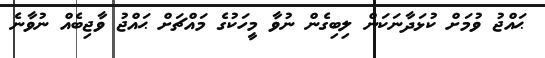
ޙައްޖު ވުމަށް ކުޅަދާނަކަން ލިބިގެން ނުވާ މީހަކުގެ މައްޗަށް ޙައްޖު ވާޖިބެއް ނުވާނެ